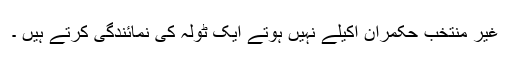
غیر منتخب حکمران اکیلے نہیں ہوتے ایک ٹولہ کی نمائندگی کرتے ہیں ۔